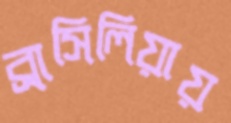
ব্রাসিলিয়ায়